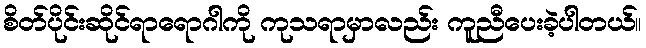
စိတ်ပိုင်းဆိုင်ရာရောဂါကို ကုသရာမှာလည်း ကူညီပေးခဲ့ပါတယ်။